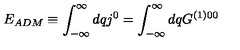
E _ { A D M } \equiv \int _ { - \infty } ^ { \infty } d q j ^ { 0 } = \int _ { - \infty } ^ { \infty } d q G ^ { ( 1 ) 0 0 }